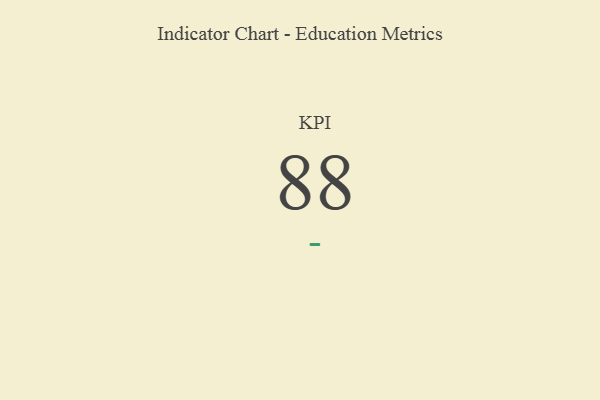
{"axis": {"x": "KPI", "y": "Value"}, "legend": [""], "data": [{"x": "KPI", "y": 88, "type": ""}]}